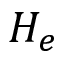
H _ { e }